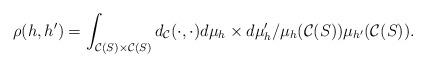
LaTeX: \begin{align*}\rho(h,h^\prime)=\int_{{\cal C}(S)\times {\cal C}(S)}d_{\cal C}(\cdot,\cdot)d\mu_h\times d\mu_h^{\prime}/\mu_h({\cal C}(S))\mu_{h^\prime}({\cal C}(S)).\end{align*}